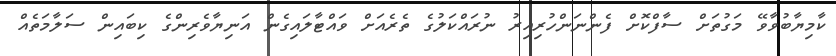
ކާމިޔާބުވާވޭ މަގުތަށް ސާފްކޮށް ފެންނަންހުރިއިރު ނުރައްކަލުގެ ތެރެއަށް ވައްޓާލައިގެން އަނިޔާވެރިންގެ ކިބައިން ސަލާމަތެއް